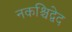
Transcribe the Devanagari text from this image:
नकश्चिद्वेद